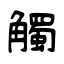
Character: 觸